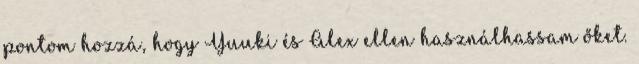
pontom hozzá, hogy Yuuki és Alex ellen használhassam őket.